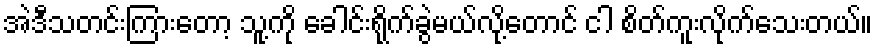
အဲဒီသတင်းကြားတော့ သူ့ကို ခေါင်းရိုက်ခွဲမယ်လို့တောင် ငါ စိတ်ကူးလိုက်သေးတယ်။